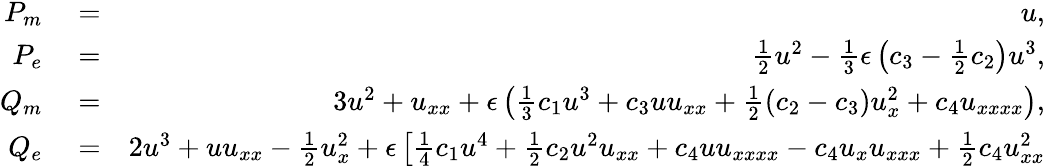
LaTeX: \begin{array}{rlr}{P_{m}}&{{}=}&{u,}\\ {P_{e}}&{{}=}&{\frac{1}{2}u^{2}-\frac{1}{3}\epsilon\left(c_{3}-\frac{1}{2}c_{2}\right)u^{3},}\\ {Q_{m}}&{{}=}&{3u^{2}+u_{xx}+\epsilon\left(\frac{1}{3}c_{1}u^{3}+c_{3}uu_{xx}+\frac{1}{2}\left(c_{2}-c_{3}\right)u_{x}^{2}+c_{4}u_{xxxx}\right),}\\ {Q_{e}}&{{}=}&{2u^{3}+uu_{xx}-\frac{1}{2}u_{x}^{2}+\epsilon\left[\frac{1}{4}c_{1}u^{4}+\frac{1}{2}c_{2}u^{2}u_{xx}+c_{4}uu_{xxxx}-c_{4}u_{x}u_{xxx}+\frac{1}{2}c_{4}u_{xx}^{2}\right.}\end{array}